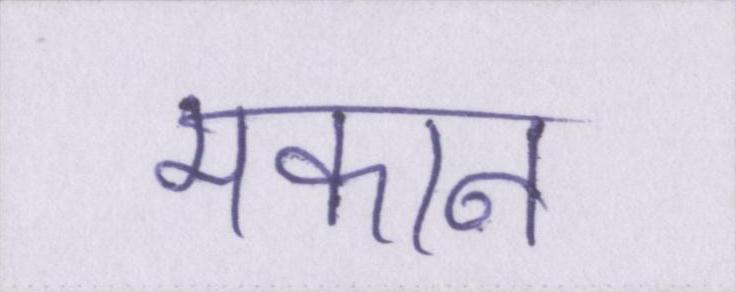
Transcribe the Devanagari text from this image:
मकान